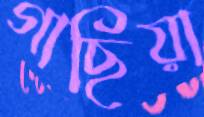
গাছিয়া